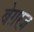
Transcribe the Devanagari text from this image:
बेग़रज़